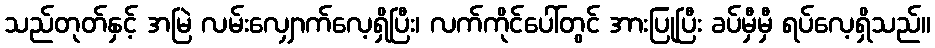
သည်တုတ်နှင့် အမြဲ လမ်းလျှောက်လေ့ရှိပြီး၊ လက်ကိုင်ပေါ်တွင် အားပြုပြီး ခပ်မှီမှီ ရပ်လေ့ရှိသည်။